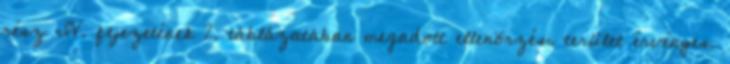
rész IV. fejezetének 2. táblázatában megadott ellenõrzési terület érvényes.